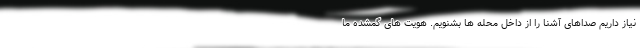
نیاز داریم صداهای آشنا را از داخل محله ها بشنویم. هویت های گمشده ما